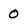
Character: 0